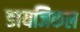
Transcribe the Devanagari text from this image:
डायजिकल